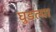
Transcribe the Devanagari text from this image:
घुडल्या